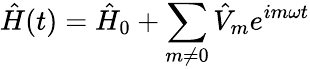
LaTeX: \hat{H}(t)=\hat{H}_{0}+\sum_{m\neq 0}\hat{V}_{m}e^{im\omega t}